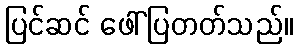
ပြင်ဆင် ဖေါ်ပြတတ်သည်။